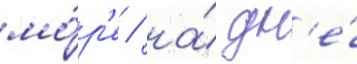
мо́р'е / на́ дн'е́